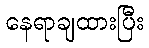
နေရာချထားပြီး